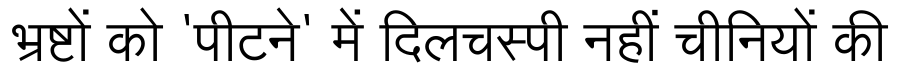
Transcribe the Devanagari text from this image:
भ्रष्टों को 'पीटने' में दिलचस्पी नहीं चीनियों की